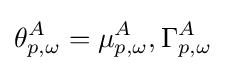
\theta _{p,\omega }^{A}={\mu _{p,\omega }^{A},\Gamma _{p,\omega }^{A}}